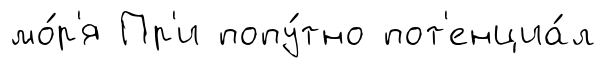
мо́р'я Пр'и попу́тно пот'енциа́л